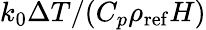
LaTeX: k_{0}\Delta T/(C_{p}\rho_{\mathrm{ref}}H)